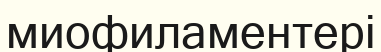
миофиламентері